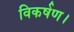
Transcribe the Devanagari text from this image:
विकर्षण।